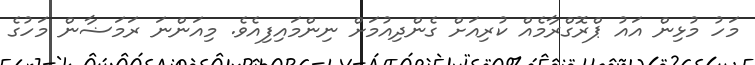
މަހު މުޅިން އައު ޕްރޮގްރާމެއް ކުރިއަށް ގެންދިއުމަށް ނިންމައިފިއެވެ. މިއަންނަ ރަމަޟާން މަހުގެ